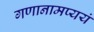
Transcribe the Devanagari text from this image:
गणानामप्ययं